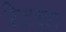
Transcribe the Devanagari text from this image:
रेटचा